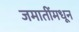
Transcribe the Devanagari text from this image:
जमातींमधून